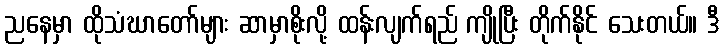
ညနေမှာ ထိုသံဃာတော်များ ဆာမှာစိုးလို့ ထန်းလျက်ရည် ကျိုပြီး တိုက်နိုင် သေးတယ်။ ဒီ